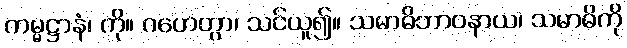
ကမ္မဋ္ဌာနံ၊ ကို။ ဂဟေတွာ၊ သင်ယူ၍။ သမာဓိဘာဝနာယ၊ သမာဓိကို